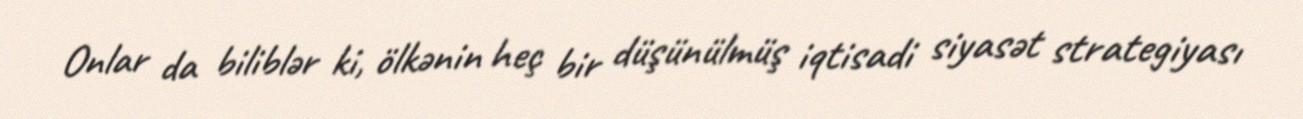
Onlar da biliblər ki, ölkənin heç bir düşünülmüş iqtisadi siyasət strategiyası